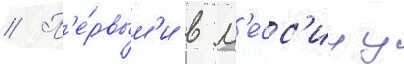
// П'е́рвым'и в м'есс'ину